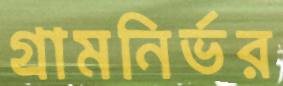
গ্রামনির্ভর